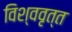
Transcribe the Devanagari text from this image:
विश्ववृत्त